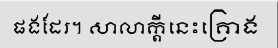
ផងដែរ។ សាលាក្តីនេះគ្រោង